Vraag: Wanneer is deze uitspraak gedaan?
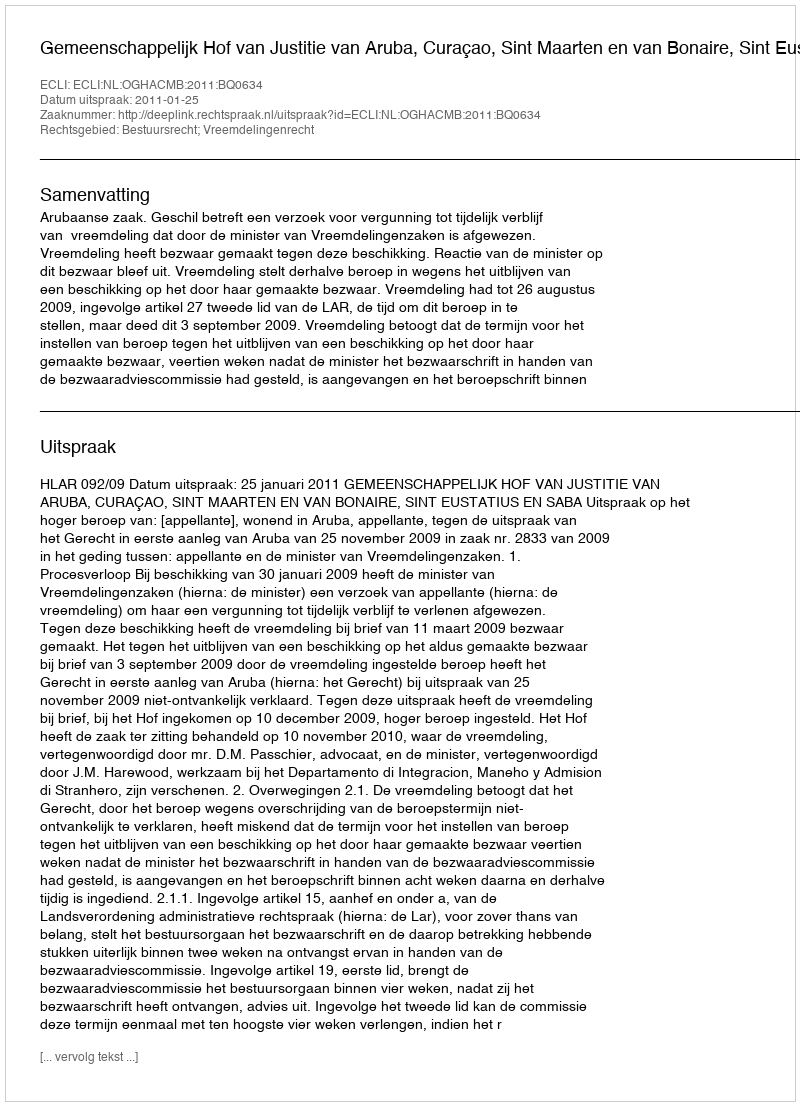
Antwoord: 2011-01-25